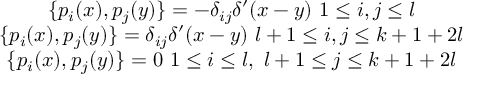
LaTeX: \begin{array} { c } { { \{ p _ { i } ( x ) , p _ { j } ( y ) \} = - \delta _ { i j } \delta ^ { \prime } ( x - y ) \ 1 \leq i , j \leq l } } \\ { { \{ p _ { i } ( x ) , p _ { j } ( y ) \} = \delta _ { i j } \delta ^ { \prime } ( x - y ) \ l + 1 \leq i , j \leq k + 1 + 2 l } } \\ { { \{ p _ { i } ( x ) , p _ { j } ( y ) \} = 0 \ 1 \leq i \leq l , \ l + 1 \leq j \leq k + 1 + 2 l } } \end{array}